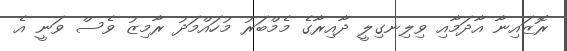
ރޮޒައިނާ އާދަމާއި ވިލިނގިލީ ދާއިރާގެ މެމްބަރު މުހައްމަދު ރާމިޒު ވެސް ވަނީ އެ